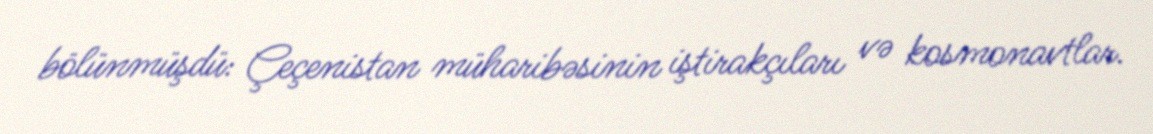
bölünmüşdü: Çeçenistan müharibəsinin iştirakçıları və kosmonavtlar.